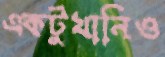
একটুখানিও